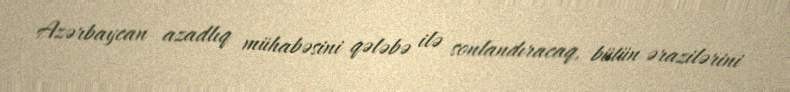
Azərbaycan azadlıq mühabəsini qələbə ilə sonlandıracaq, bütün ərazilərini